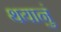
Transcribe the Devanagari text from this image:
थयानुं